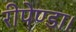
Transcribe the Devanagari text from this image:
रीपेण्डा।